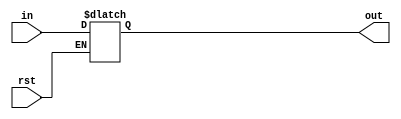
module ravi_latch(output reg [7:0]out,input [7:0]in, input rst);
  always@(rst)
    begin
      if(rst == 1)
        begin
          out = in;
        end
    end
endmodule